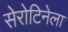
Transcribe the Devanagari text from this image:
सेरोटिनेला